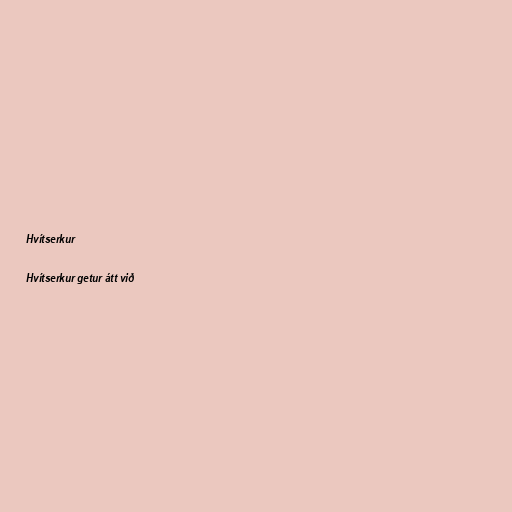
Hvítserkur

Hvítserkur getur átt við